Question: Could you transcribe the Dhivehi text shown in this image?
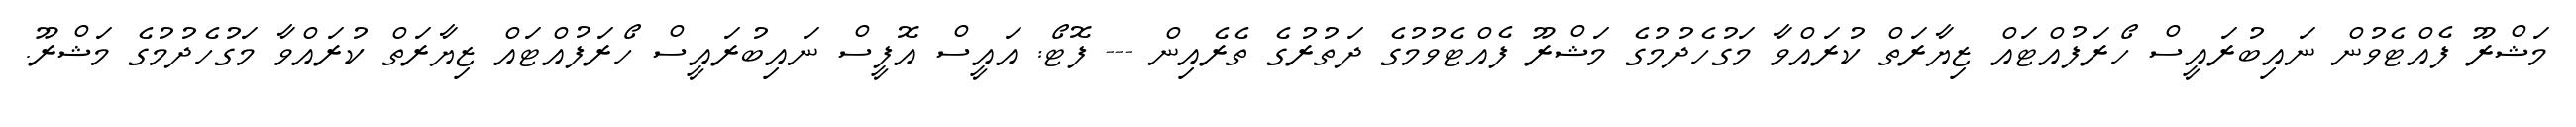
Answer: މަޝްރޫ ފެއްޓެވުން ނައިބުރައީސް ހޯރަފުއްޓައް ޒިޔާރަތް ކުރައްވާ މަގުހެދުމުގެ މަޝްރޫ ފެއްޓެވުމުގެ ދަތުރުގެ ތެރެއިން --- ފޮޓޯ: އައީސް އޮފީސް ނައިބުރައީސް ހޯރަފުއްޓައް ޒިޔާރަތް ކުރައްވާ މަގުހެދުމުގެ މަޝްރޫ.